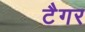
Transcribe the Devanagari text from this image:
टैगर